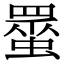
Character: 𧑸